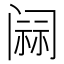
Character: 𰿷